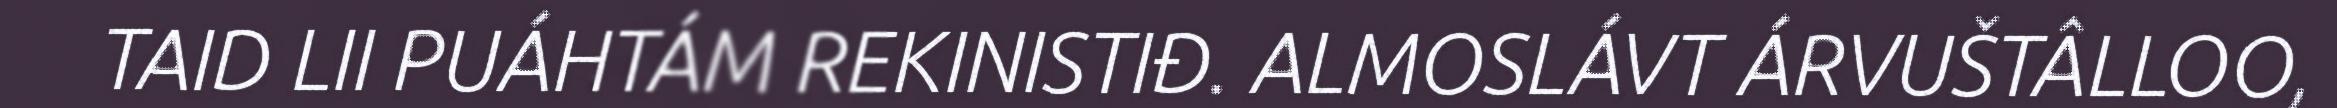
TAID LII PUÁHTÁM REKINISTIĐ. ALMOSLÁVT ÁRVUŠTÂLLOO,